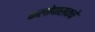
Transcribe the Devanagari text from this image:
कलोपासकचे